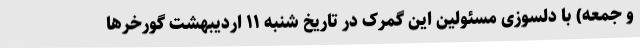
و جمعه) با دلسوزی مسئولین این گمرک در تاریخ شنبه ۱۱ اردیبهشت گورخرها